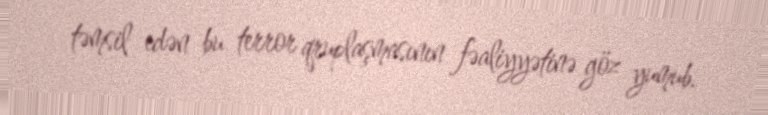
təmsil edən bu terror qruplaşmasının fəaliyyətinə göz yumub.